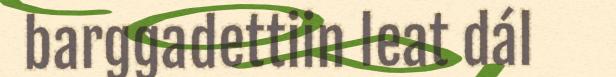
barggadettiin leat dál